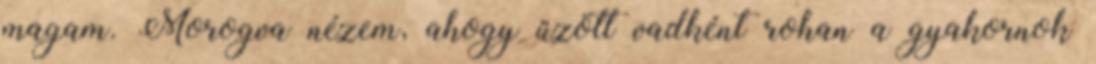
magam. Morogva nézem, ahogy űzött vadként rohan a gyakornok